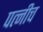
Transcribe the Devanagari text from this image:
पत्नीच